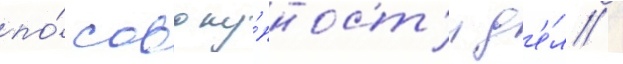
по́ совоку́пност'и д'е́л /